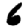
Digit: 6